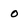
Character: O